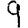
Digit: 9